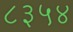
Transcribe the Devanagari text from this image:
८३५४